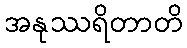
အနုဿရိတာတိ